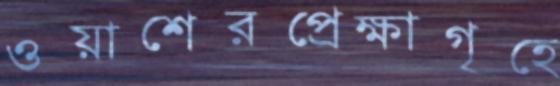
ওয়াশেরপ্রেক্ষাগৃহে